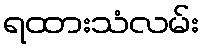
ရထားသံလမ်း